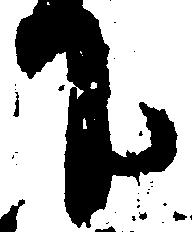
下